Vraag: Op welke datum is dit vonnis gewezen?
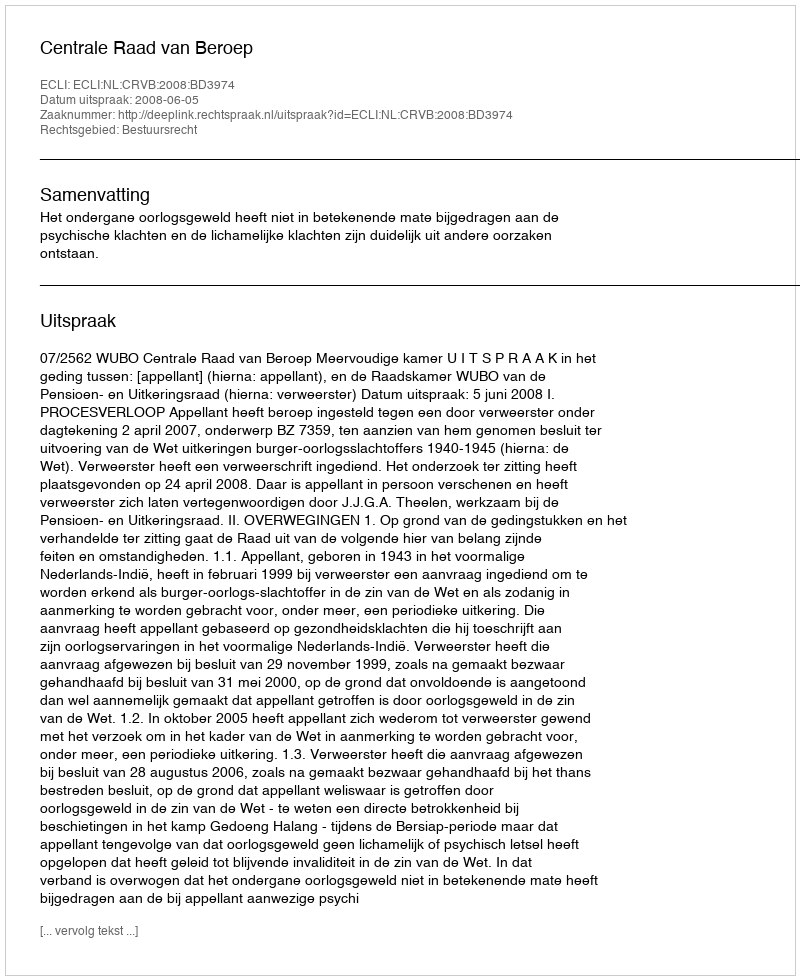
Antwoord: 2008-06-05